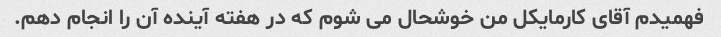
فهمیدم آقای کارمایکل من خوشحال می شوم که در هفته آینده آن را انجام دهم.